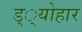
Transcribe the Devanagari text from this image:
ड््योहार